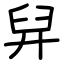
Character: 舁